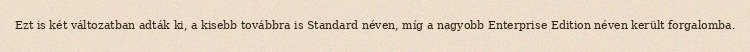
Ezt is két változatban adták ki, a kisebb továbbra is Standard néven, míg a nagyobb Enterprise Edition néven került forgalomba.